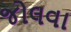
જોલવા